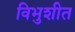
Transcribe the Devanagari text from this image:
विभुशीत